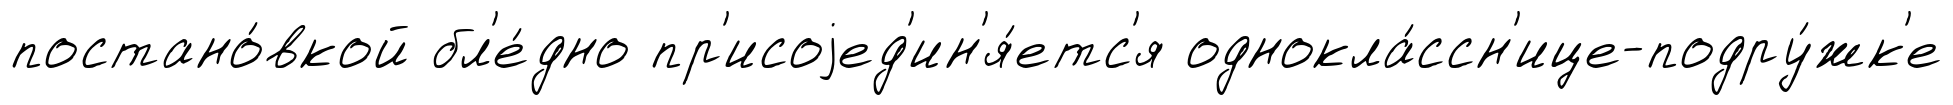
постано́вкой бл'е́дно пр'исоjед'ин'я́етс'я однокла́ссн'ице-подру́жк'е